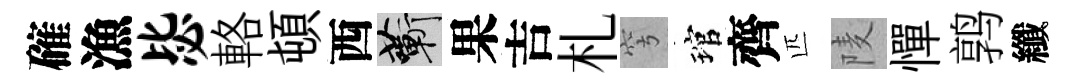
確漁毖輅頓西蔪果吉札穹琯齊匹𨹧憚鹑纖